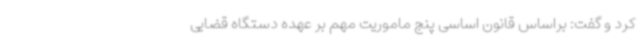
کرد و گفت: براساس قانون اساسی پنج ماموریت مهم بر عهده دستگاه قضایی